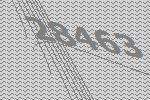
28463